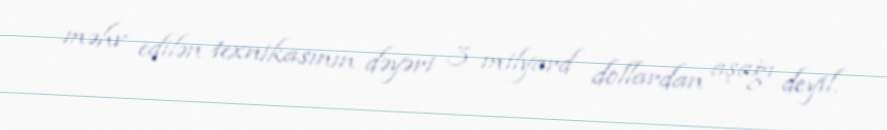
məhv edilən texnikasının dəyəri 3 milyard dollardan aşağı deyil.